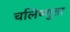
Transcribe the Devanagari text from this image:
चलिष्णुता